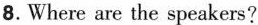
8.Where are the speakers?